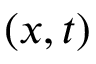
( x , t )